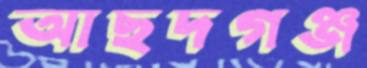
আছদগঞ্জ